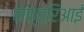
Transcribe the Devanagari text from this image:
बाक्त्रिआई